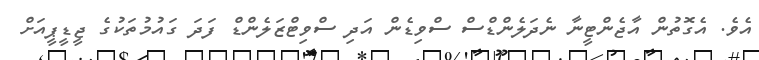
އެވެ. އެގޮތުން އާޖެންޓީނާ ނެދަލެންޑްސް ސްވިޑެން އަދި ސްވިޓްޒަލެންޑް ފަދަ ގައުމުތަކުގެ ޖީޑީޕީއަށް